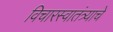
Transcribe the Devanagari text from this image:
विचारस्वातंत्र्याचे